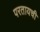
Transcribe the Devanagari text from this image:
परतायची